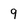
Character: 9